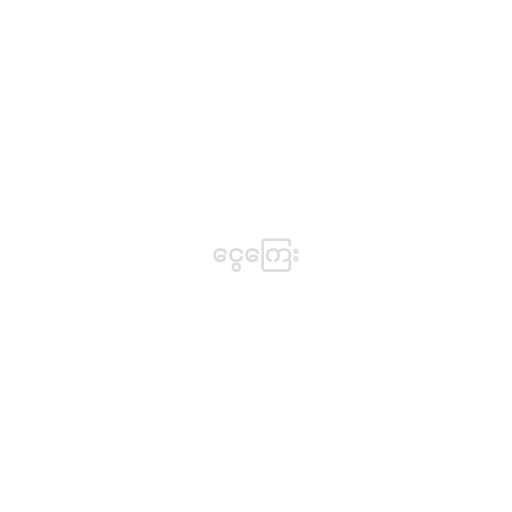
ငွေကြေး